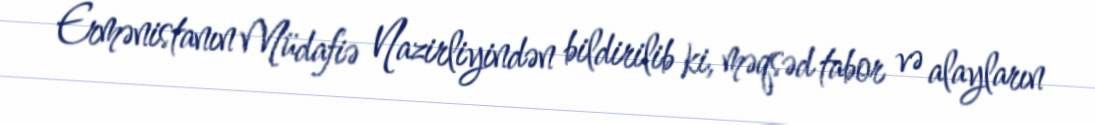
Ermənistanın Müdafiə Nazirliyindən bildirilib ki, məqsəd tabor və alayların